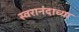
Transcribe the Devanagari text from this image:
स्वरानंदाच्या